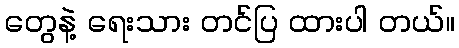
တွေနဲ့ ရေးသား တင်ပြ ထားပါ တယ်။